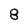
Character: 8